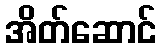
အိတ်ဆောင်